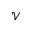
\mathcal { V }